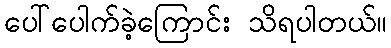
ပေါ်ပေါက်ခဲ့ကြောင်း သိရပါတယ်။